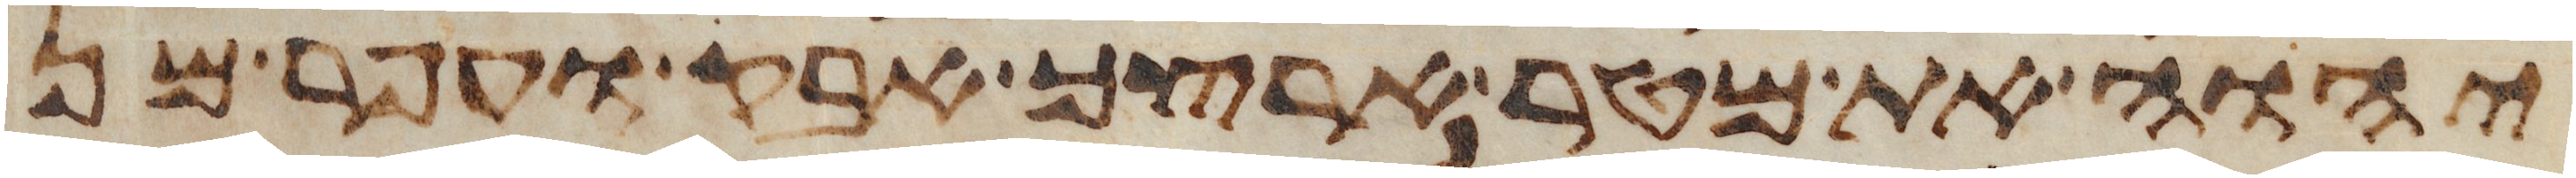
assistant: יהוה את מטר ארצך אבק ועפר מן